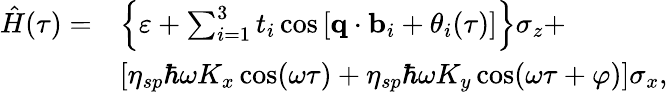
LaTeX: \begin{array}{rl}{\hat{H}(\tau)=}&{\left\{ \varepsilon+\sum_{i=1}^{3}t_{i}\cos\left[\textbf{q}\cdot\textbf{b}_{i}+\theta_{i}(\tau)\right]\right\} \sigma_{z}+}\\ &{\left[\eta_{sp}\hbar\omega K_{x}\cos(\omega\tau)+\eta_{sp}\hbar\omega K_{y}\cos(\omega\tau+\varphi)\right]\sigma_{x},}\end{array}